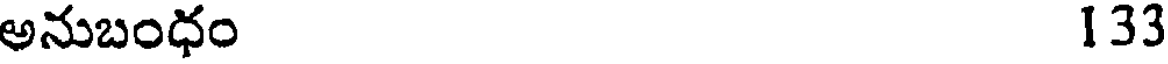
అనుబంధం 133